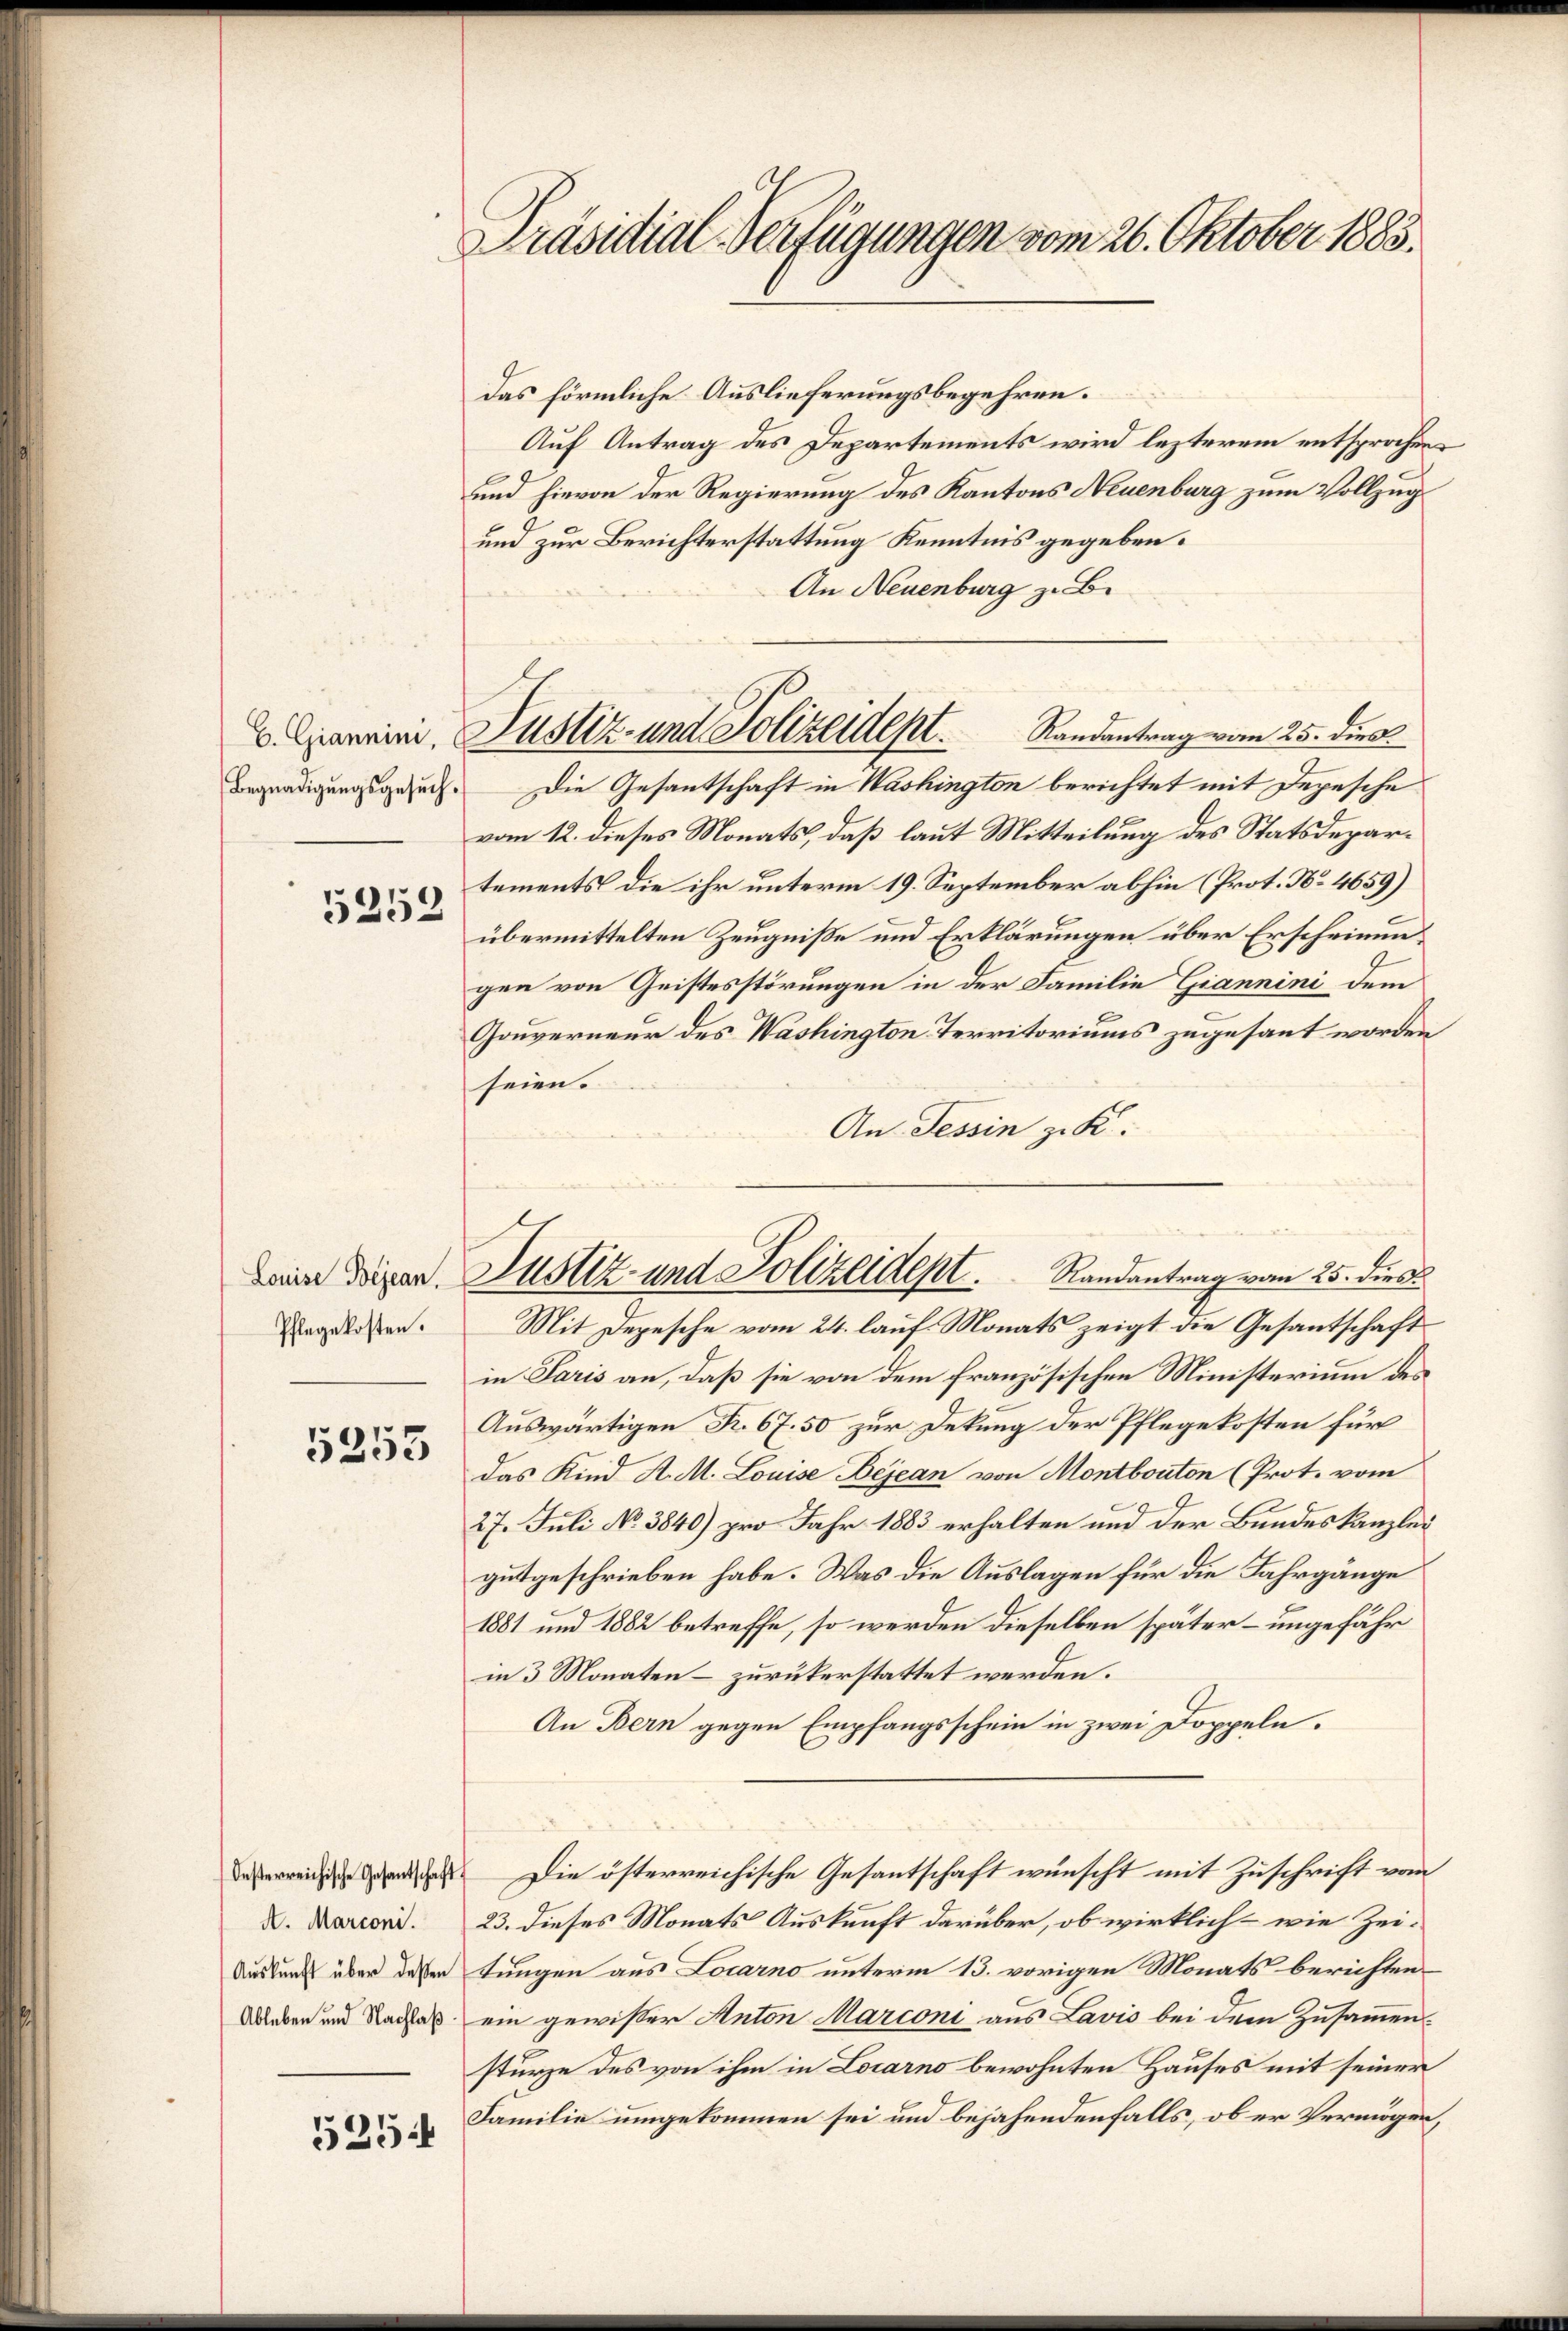
C. Giannini,

5259

Louise Bejean,
Pflegekosten.

5253

A. Marconi.

5254

Präsidial-Verfügungen vom 26. Oktober 1883.

das förmliche Auslieferungsbegehren.
Auf Antrag des Departements wird lezterem entsprochen
und hievon der Regierung des Kantons Neuenburg zum Vollzug
und zur Berichterstattung Kenntnis gegeben.
An Neuenburg z. B.
Randantrag vom 25. dies
Begnadigungsgesuch. Die Gesantschaft in Washington berichtet mit Depesche
vom 12. dieses Monats, daß laut Mitteilung des Statsdepartements die ihr unterm 19. September abhin (Prot. No 4659)
übermittelten Zeugniße und Erklärungen über Erscheinungen von Geistesstörungen in der Familie Giannini dem
Gouverneur des Washington Territoriums zugesant worden
seien.
An. Tessin z. K.
in Paris an, daß sie von dem französischen Ministerium des
Auswärtigen R. 67. 50 zur Dekung der Pflegekosten für
das Kind A. M. Louise Bejean von Montbouton (Prot. vom
27. Juli No 3840) pro Jahr 1883 erhalten und der Bundeskanzlei
gutgeschrieben habe. Was die Auslagen für die Fahrgänge
1881 und 1882 betreffe, so werden dieselben später – ungefähr
in 3 Monaten – zurükerstattet werden.
An Bern gegen Empfangsschein in zwei Doppeln.
 Die österreichische Gesantschaft wünscht mit Zuschrift vom
23. dieses Monats Auskunft darüber, ob wirklich – wie Zei¬
Auskung über dessen Lungen aus Locarno unterm 13. vorigen Monats berichten
Weben und Nachlaß ein gewißer Anton Marconi aus Lavis bei dem Zusammen-
sturze des von ihm in Locarno bewohnten Hauses mit seiner
Familie umgekommen sei und bejahendenfalls, ob er Vermögen,

Justiz- und Polizeidept.

Justiz- und Polizeidept.   Randantrag vom 25. dies
Mit Depesche vom 24. lauf Monats zeigt die Gesantschaft